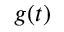
g ( t )